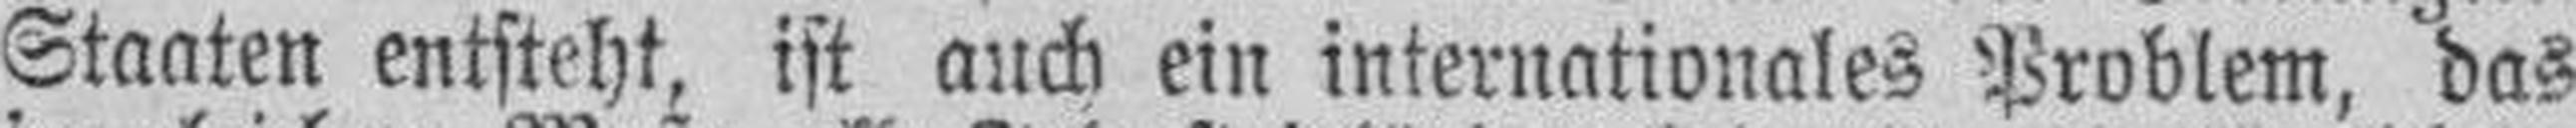
Staaten entsteht, ist auch ein internationales Problem, das